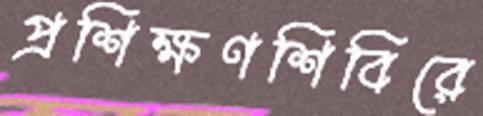
প্রশিক্ষণশিবিরে